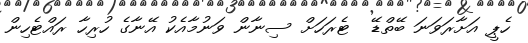
ހެޕީ އަށާރަވަނަ ބޭތްޑޭ  ޓެރަހަށް ސިނާން ވަނުމާއެކު އޭނާގެ ހުރިހާ ރައްޓެހިން